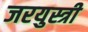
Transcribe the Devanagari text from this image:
जरयुस्त्री